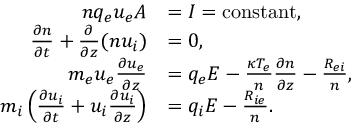
\begin{array} { r l } { n q _ { e } u _ { e } A } & { = I = \mathrm { c o n s t a n t } , } \\ { \frac { \partial n } { \partial t } + \frac { \partial } { \partial z } ( n u _ { i } ) } & { = 0 , } \\ { m _ { e } u _ { e } \frac { \partial u _ { e } } { \partial z } } & { = q _ { e } E - \frac { \kappa T _ { e } } { n } \frac { \partial n } { \partial z } - \frac { R _ { e i } } { n } , } \\ { m _ { i } \left( \frac { \partial u _ { i } } { \partial t } + u _ { i } \frac { \partial u _ { i } } { \partial z } \right) } & { = q _ { i } E - \frac { R _ { i e } } { n } . } \end{array}